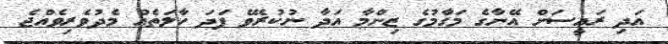
އަދި ރައީސަށް އޭނާގެ މަގާމުގެ ޒިންމާ އަދާ ނުކުރެވޭ ފަދަ ހާލަތެއް މެދުވެރިވެއްޖެ